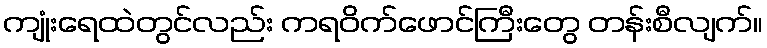
ကျုံးရေထဲတွင်လည်း ကရဝိက်ဖောင်ကြီးတွေ တန်းစီလျက်။